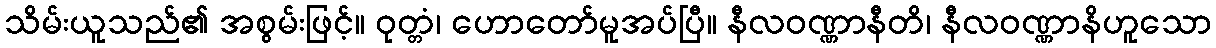
သိမ်းယူသည်၏ အစွမ်းဖြင့်။ ဝုတ္တံ၊ ဟောတော်မူအပ်ပြီ။ နီလဝဏ္ဏာနီတိ၊ နီလဝဏ္ဏာနိဟူသော